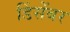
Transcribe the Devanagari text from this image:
डिंसेंबर